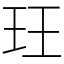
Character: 玨